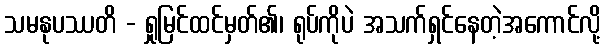
သမနုပဿတိ - ရှုမြင်ထင်မှတ်၏၊ ရုပ်ကိုပဲ အသက်ရှင်နေတဲ့အကောင်လို့